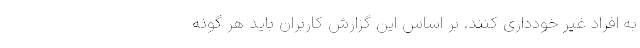
به افراد غیر خودداری کنند. بر اساس این گزارش کاربران باید هر گونه